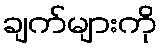
ချက်များကို